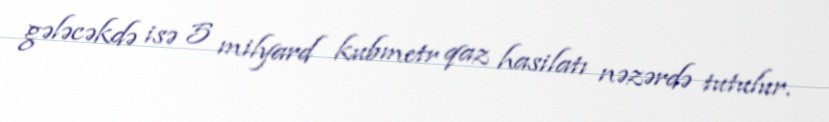
gələcəkdə isə 5 milyard kubmetr qaz hasilatı nəzərdə tutulur.